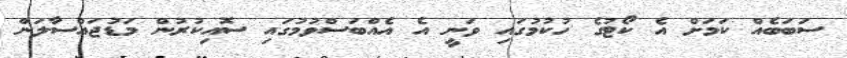
ސަބަބެއް ކަމަށް އެ ކޯޓުގެ ހުކުމުގައި ވަނީ އެ އެއްބަސްވުމުގައި ސޮއިކުރުން މަޑުޖައްސާލަން